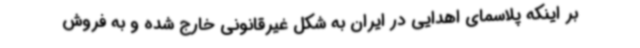
بر اینکه پلاسمای اهدایی در ایران به شکل غیرقانونی خارج شده و به فروش